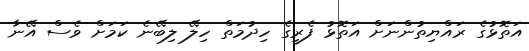
އަތޮޅުގެ ރައްޔިތުންނަށް އަތޮޅު ފެރީގެ ހިދުމަތް ހިލޭ ލިބޭނެ ކަމަށް ވެސް އޭނާ